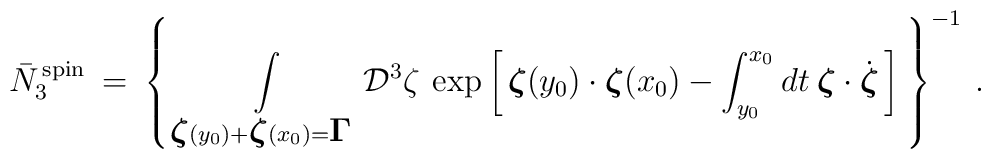
\bar N^{\, \rm spin}_3 \> = \>\left \{ \> \int\limits_{{\mbox{\boldmath $\zeta$}}(y_0)+{\mbox{\boldmath $\zeta$}}(x_0)={\mbox{\boldmath $\Gamma$}}} {\cal D}^3 \zeta \>\exp \left [ \, {\mbox{\boldmath $\zeta$}}(y_0) \cdot {\mbox{\boldmath $\zeta$}}(x_0) -\int_{y_0}^{x_0} dt \> {\mbox{\boldmath $\zeta$}} \cdot \dot {\mbox{\boldmath $\zeta$}} \,\right ] \>\right \}^{-1} \> .